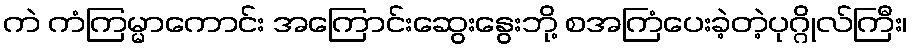
ကဲ ကံကြမ္မာကောင်း အကြောင်းဆွေးနွေးဘို့ စအကြံပေးခဲ့တဲ့ပုဂ္ဂိုလ်ကြီး၊